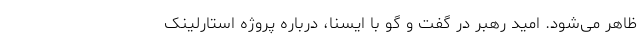
ظاهر می‌شود. امید رهبر در گفت و گو با ایسنا، درباره پروژه استارلینک